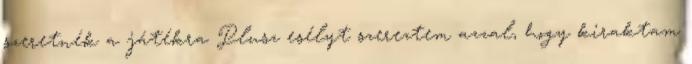
szeretnék a játékra Plusz esélyt szereztem azzal, hogy kiraktam